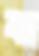
বা